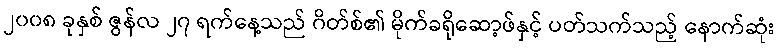
၂၀၀၈ ခုနှစ် ဇွန်လ ၂၇ ရက်နေ့သည် ဂိတ်စ်၏ မိုက်ခရိုဆော့ဖ်နှင့် ပတ်သက်သည့် နောက်ဆုံး